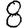
Digit: 8